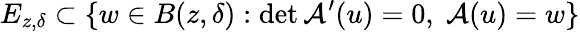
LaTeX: E_{z,\delta}\subset\{ w\in B(z,\delta):\operatorname*{det}\mathcal{A}^{\prime}(u)=0,\; \mathcal{A}(u)=w\}